Vaccination Hyderabad 1890-1903 - 1890-1903
Year: 1890
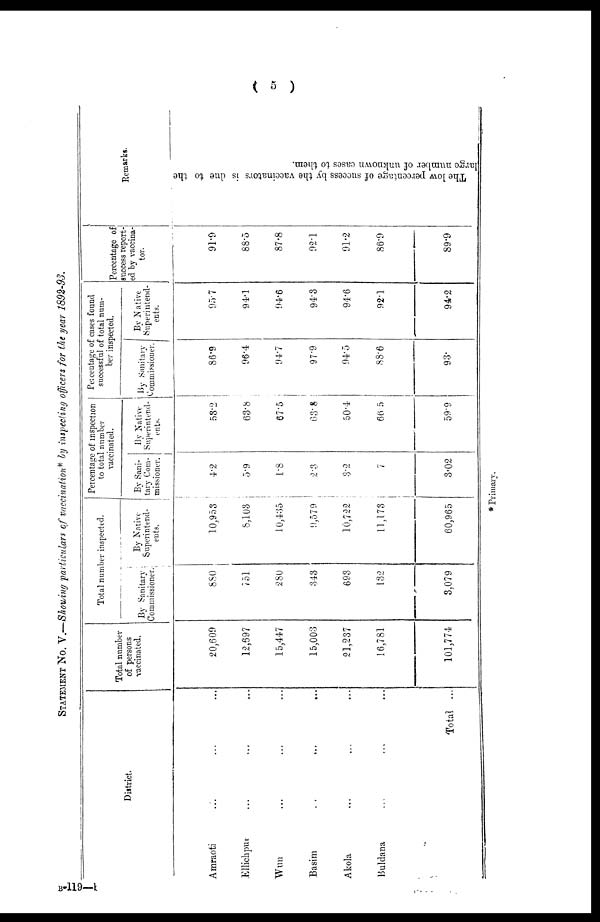
( 5 )
STATEMENT No. V.—Showing particulars of vaccination* by inspecting officers for the year 1892-93.
District.
Amraoti ... ... ...
Ellichpur ... ... ...
Wun ... ... ...
Basim ... ... ...
Akola ... ... ...
Buldana ... ... ...
Total ...
Total number
of persons
vaccinated.
20,609
12,697
15,447
15,003
21,237
16,781
101,774
Total number inspected.
By Sanitary
Commissioner.
880
751
280
343
693
132
3,079
By Native
Superintend-
ents.
10,953
8,103
10,435
9,579
10,722
11,173
60,965
Percentage of inspection
to total number
vaccinated.
By Sani-
tary Com-
missioner.
4.2
5.9
1.8
2.3
3.2
7
3.02
By Native
Superintend-
ents.
53.2
63.8
67.5
63.8
50.4
66.5
59.9
Percentage of cases found
successful of total num-
ber inspected.
By Sanitary
Commissioner.
86.9
96.4
94.7
97.9
94.5
88.6
93.
By Native
Superintend-
ents.
95.7
94.1
94.6
94.3
94.6
92.1
94.2
Percentage of
success report-
ed by vaccina-
tor.
91.9
88.5
87.8
92.1
91.2
86.9
89.9
Remarks.
The low percentage of success by the vaccinators is due to the
large number of unknown cases to them.
* Primary.
B-119—b